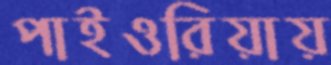
পাইওরিয়ায়